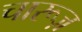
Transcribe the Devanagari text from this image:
चारूज़